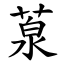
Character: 葲